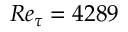
R e _ { \tau } = 4 2 8 9